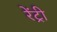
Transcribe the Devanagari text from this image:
रेंट्री